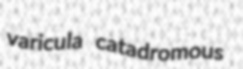
varicula catadromous